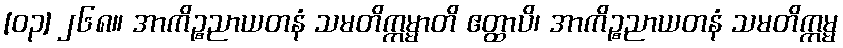
[၀၃] ၂၆၈။ အာကိဉ္စညာယတနံ သမတိက္ကမ္မာတိ ဧတ္ထာပိ၊ အာကိဉ္စညာယတနံ သမတိက္ကမ္မ